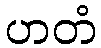
ဟတံ